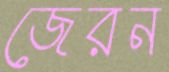
জেরন